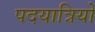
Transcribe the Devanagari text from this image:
पदयात्रियों